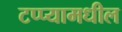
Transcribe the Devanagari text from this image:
टप्प्यामधील